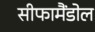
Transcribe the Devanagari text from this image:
सीफामैंडोल